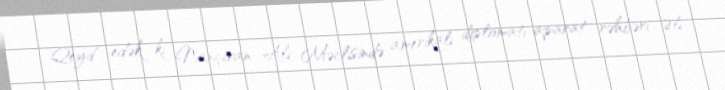
Qeyd edək ki, Naxçıvan Ali Məclisində amerikalı diplomatı aparat rəhbəri Əli